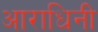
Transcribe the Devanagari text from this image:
आराधिनी